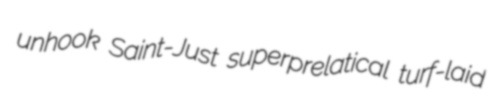
unhook Saint-Just superprelatical turf-laid